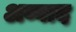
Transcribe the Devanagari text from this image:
अब्बाद